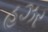
હઝર